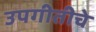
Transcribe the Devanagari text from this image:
उपगीतीचे